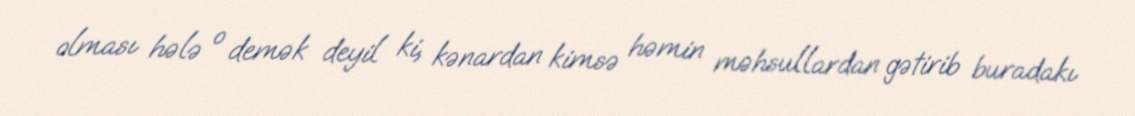
olması hələ o demək deyil ki, kənardan kimsə həmin məhsullardan gətirib buradakı